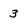
Character: 3